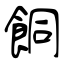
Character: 餇